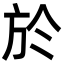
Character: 於